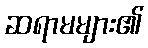
ဆရာမများ၏